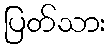
ပြတ်သား